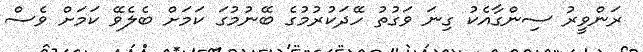
ރަންވީރު ސިންގާއެކު ގިނަ ވަގުތު ހޭދަކުރުމުގެ ބޭނުމުގަ ކަމަށް ބެލެވޭ ކަމަށް ވެސް